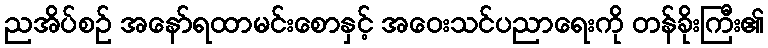
ညအိပ်စဉ် အနော်ရထာမင်းစောနှင့် အဝေးသင်ပညာရေးကို တန်ခိုးကြီး၏